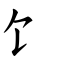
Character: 饣